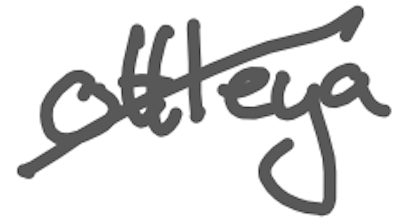
Text: Ottleya
Cross-out: diagonal
Writing tool: digital_gray